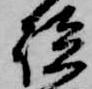
談